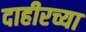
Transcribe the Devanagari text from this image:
दाहीरच्या